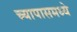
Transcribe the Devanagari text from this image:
च्यापासमध्ये